system: You are a helpful assistant.
user:
Analyze the provided spectrum to determine if it is a **M-type Giant (gM)**.

A M-type Giant spectrum is defined by its **strong molecular absorption** features, particularly from **Titanium Oxide (TiO)**. You must check for one of the following mutually exclusive signatures:

- **Key Visual Indicators (Absorption-Dominated Spectrum):**

    - **(Primary):** The spectrum is dominated by strong molecular absorption from **Titanium Oxide (TiO)**. This is the **defining feature** of its M-type temperature class.
        - **(Key Bandheads):** Look for sharp, "saw-tooth" absorption valleys. The strongest are located near **~7050 Å**, **~6160 Å**, and **~5170 Å**.
        - **(Line Profile):** The "saw-tooth" morphology is critical: a **sharp, steep drop on the BLUE (short-wavelength) side** of the bandhead, followed by a gradual recovery (rising flux) towards the RED (long-wavelength) side.

    - **(Key Confirmation - Giant vs. Dwarf):** **ABSENCE** of strong **Calcium Hydride (CaH)** molecular bands. This is the primary diagnostic for *excluding* M-dwarfs.
        - **(Key Region):** The spectrum should lack the strong, broad absorption band seen in dwarfs between **~6800 Å and ~7000 Å**.

    - **(Secondary Confirmation - Giant):** A very strong and broad **Neutral Calcium (Ca I)** atomic absorption line.
        - **(Key Line):** Located at **~4226 Å**. In a giant (gM), this line is significantly deeper and broader than the same line in an M-dwarf (dM) due to low surface gravity.

    - **(Overall Spectrum):**
        - The continuum is **extremely red-sloping** (i.e., flux is very low in the blue and rises dramatically towards the red).
        - The entire spectrum appears "chopped up" by the deep TiO bands.

Think first, call **spectral_visualization_tool** if needed to examine features in detail, then provide your final answer. Your response must adhere to the following strict rules:
1.  **Overall Structure:** Your response must follow the format `<think>...</think> <tool_call>...</tool_call> (if a tool is used) <answer>...</answer>`.
2.  **Tool Usage Constraint:** You may only make **one** tool call per turn.
3.  **Final Answer Format:** In the `<answer>` tag, your conclusion must be inside a `\boxed{}` command (e.g., `\boxed{YES}` or `\boxed{NO}`), followed by your justification.

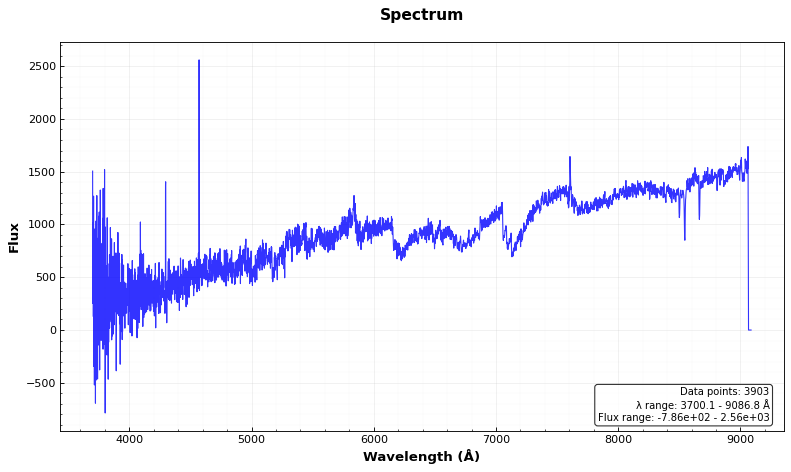
Answer: YES